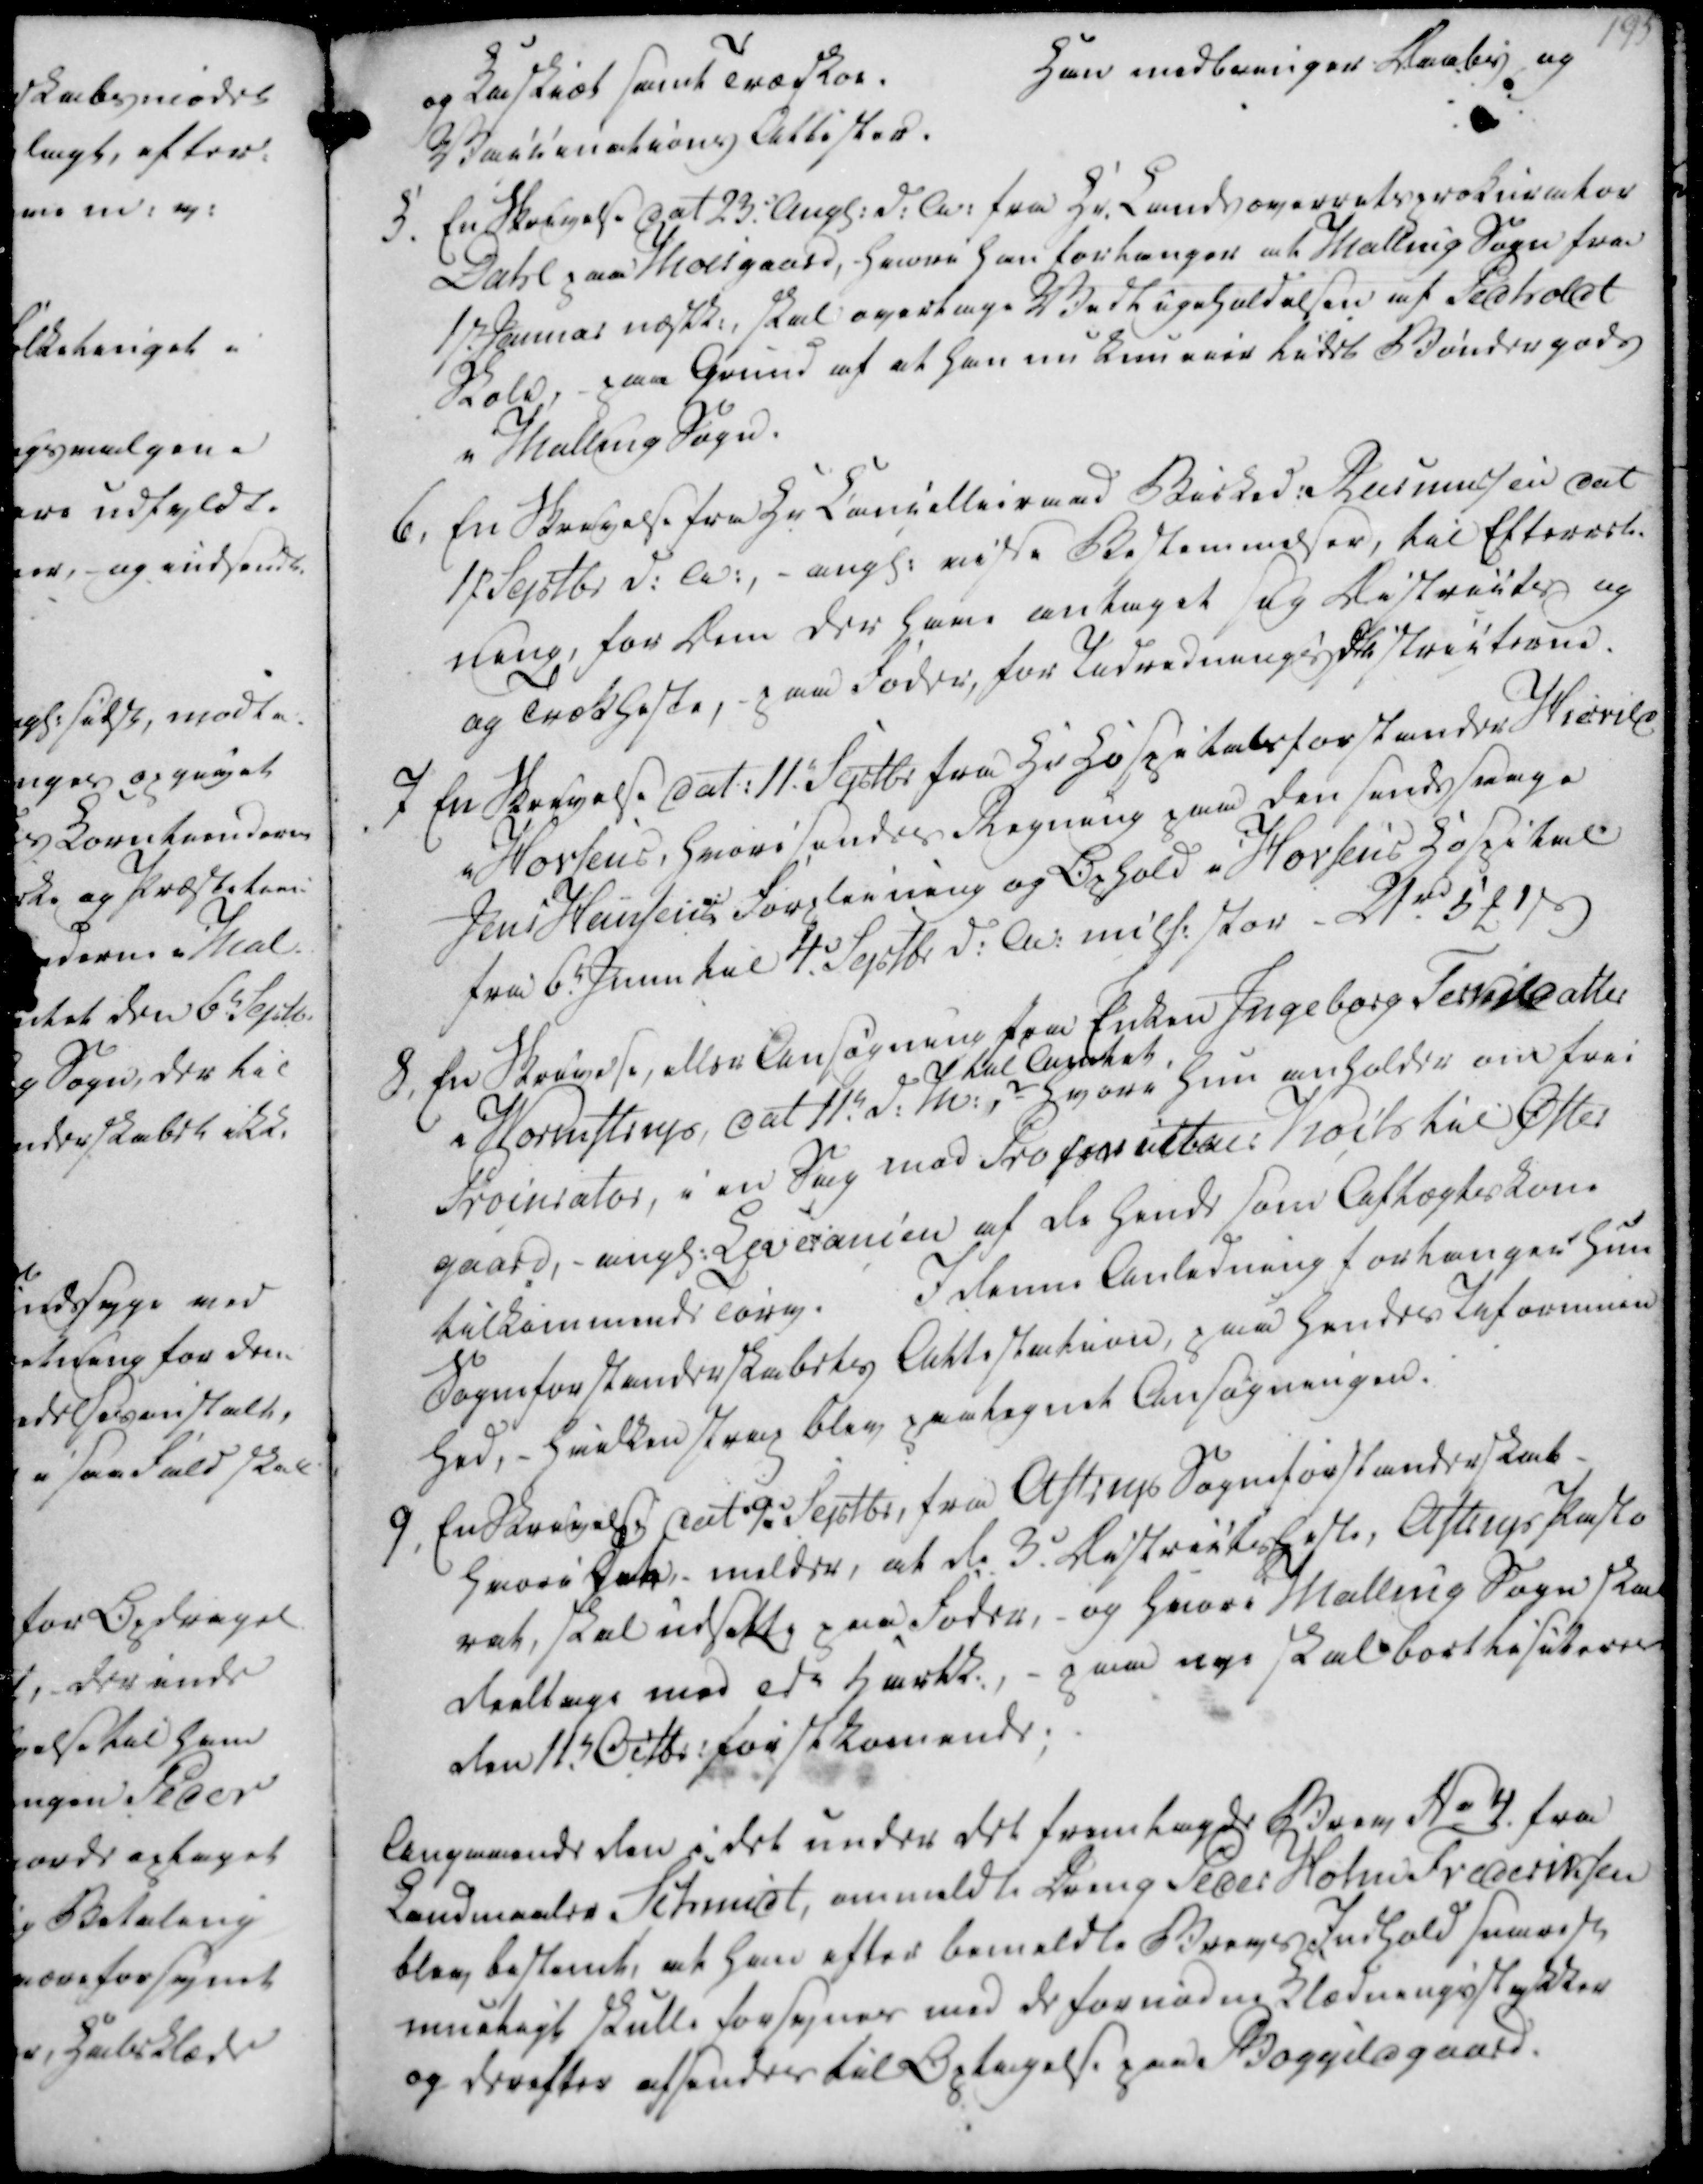
Transskription:
og Kaskiæt samt Træskoe.

Han medbringer Daabs og

Vaccinations Attester.

5. En Skrivelse dat 23. Angl. d.A. fra Hr. Landsoverretsprokurator

Dahl paa Moesgaard, hvori han forlanger at Malling Sogn fra

1st Januar næstk., skal overtage Vedligeholdelsen af Pedholdt

Skole, - paa Grund af at han nu kun over lidet Bøndergods

i Malling Sogn.

og Kaskiæt samt Træskoe.
Han medbringer Daabs og
Vaccinations Attester.
5. En Skrivelse dat 23. Angl. d.A. fra Hr. Landsoverretsprokurator
Dahl paa Moesgaard, hvori han forlanger at Malling Sogn fra
1st Januar næstk., skal overtage Vedligeholdelsen af Pedholdt
Skole, - paa Grund af at han nu kun over lidet Bøndergods
i Malling Sogn.

6. En Skrivelse fra Hr Cancellieraad Birked. Rasmussen dat

17 Septbr d. A., - angl. visse Bestemmelser, til Efterret-

ning, for Dem der have antaget sig Districts og

og Trækheste, paa Foder, for Udredningsdistricterne.

7 En Skrivelse dat. 11. Septbr fra Hr Hospitalsforstander Hierrild

i Horsens, hvori sendes Regning paa den sindssvage

Jens Hansens Forpleining og Ophold i Horsens Hospital

fra 6. Juni til 4 Septbr d.A. misse stor 24rd 5₻ 1ẞ

6. En Skrivelse fra Hr Cancellieraad Birked. Rasmussen dat
17 Septbr d. A., - angl. visse Bestemmelser, til Efterret-
ning, for Dem der have antaget sig Districts og
og Trækheste, paa Foder, for Udredningsdistricterne.
7 En Skrivelse dat. 11. Septbr fra Hr Hospitalsforstander Hierrild
i Horsens, hvori sendes Regning paa den sindssvage
Jens Hansens Forpleining og Ophold i Horsens Hospital
fra 6. Juni til 4 Septbr d.A. misse stor 24rd 5₻ 1ẞ

8. En Skrivelse, eller Ansøgning fra Enken Ingeborg Terkildatter

i Wornistrup, dat 11. d.M.,

til Amtet

hvori hun anholder om frei

Procurator, i en Sag mod Proforvalter Koch til Øster

gaard, angl. Leverancen af de hende som Aftægtskone

tilkommende Tørv.

I denne anledning forlanger hun

Sogneforstanderskabets Attestation, paa hendes Uformuen

hed, - hvilken strax blev paategnet Ansøgningen.

9. En Skrivelse dat 9. Septbr fra Astrups Sogneforstanderskab

Hvori det, melder, at de 3. Districtsheste, Astrups Pasto

rat, skal udsatte paa Foder, - og hvori Malling Sogn skal

deeltage med Tdr Hartk., - paa nye skal bortlisiteres

den 11. Octbr. førstkomende;

8. En Skrivelse, eller Ansøgning fra Enken Ingeborg Terkildatter
i Wornistrup, dat 11. d.M.,
til Amtet
hvori hun anholder om frei
Procurator, i en Sag mod Proforvalter Koch til Øster
gaard, angl. Leverancen af de hende som Aftægtskone
tilkommende Tørv.
I denne anledning forlanger hun
Sogneforstanderskabets Attestation, paa hendes Uformuen
hed, - hvilken strax blev paategnet Ansøgningen.
9. En Skrivelse dat 9. Septbr fra Astrups Sogneforstanderskab
Hvori det, melder, at de 3. Districtsheste, Astrups Pasto
rat, skal udsatte paa Foder, - og hvori Malling Sogn skal
deeltage med Tdr Hartk., - paa nye skal bortlisiteres
den 11. Octbr. førstkomende;

Angaaende den i det under det fremlagde Brev No 4 fra

Landmaaler Schmidt, ommeldte Dreng Peder Holm Frederiksen

blev bestemt, at han efter bemeldte Brevs Indhold snarest

mueligt skulle forsynes med de fornødne Klædningsstykker

og derefter afsendes til Optagelse paa Boggildgaard.

Angaaende den i det under det fremlagde Brev No 4 fra
Landmaaler Schmidt, ommeldte Dreng Peder Holm Frederiksen
blev bestemt, at han efter bemeldte Brevs Indhold snarest
mueligt skulle forsynes med de fornødne Klædningsstykker
og derefter afsendes til Optagelse paa Boggildgaard.